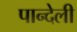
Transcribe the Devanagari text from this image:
पान्देली